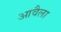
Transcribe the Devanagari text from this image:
आवैला